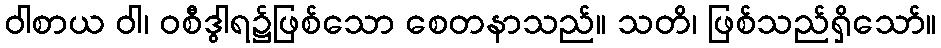
ဝါစာယ ဝါ၊ ဝစီဒွါရ၌ဖြစ်သော စေတနာသည်။ သတိ၊ ဖြစ်သည်ရှိသော်။